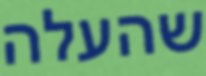
שהעלה